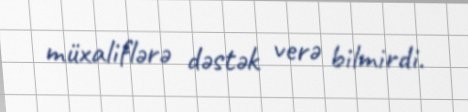
müxaliflərə dəstək verə bilmirdi.